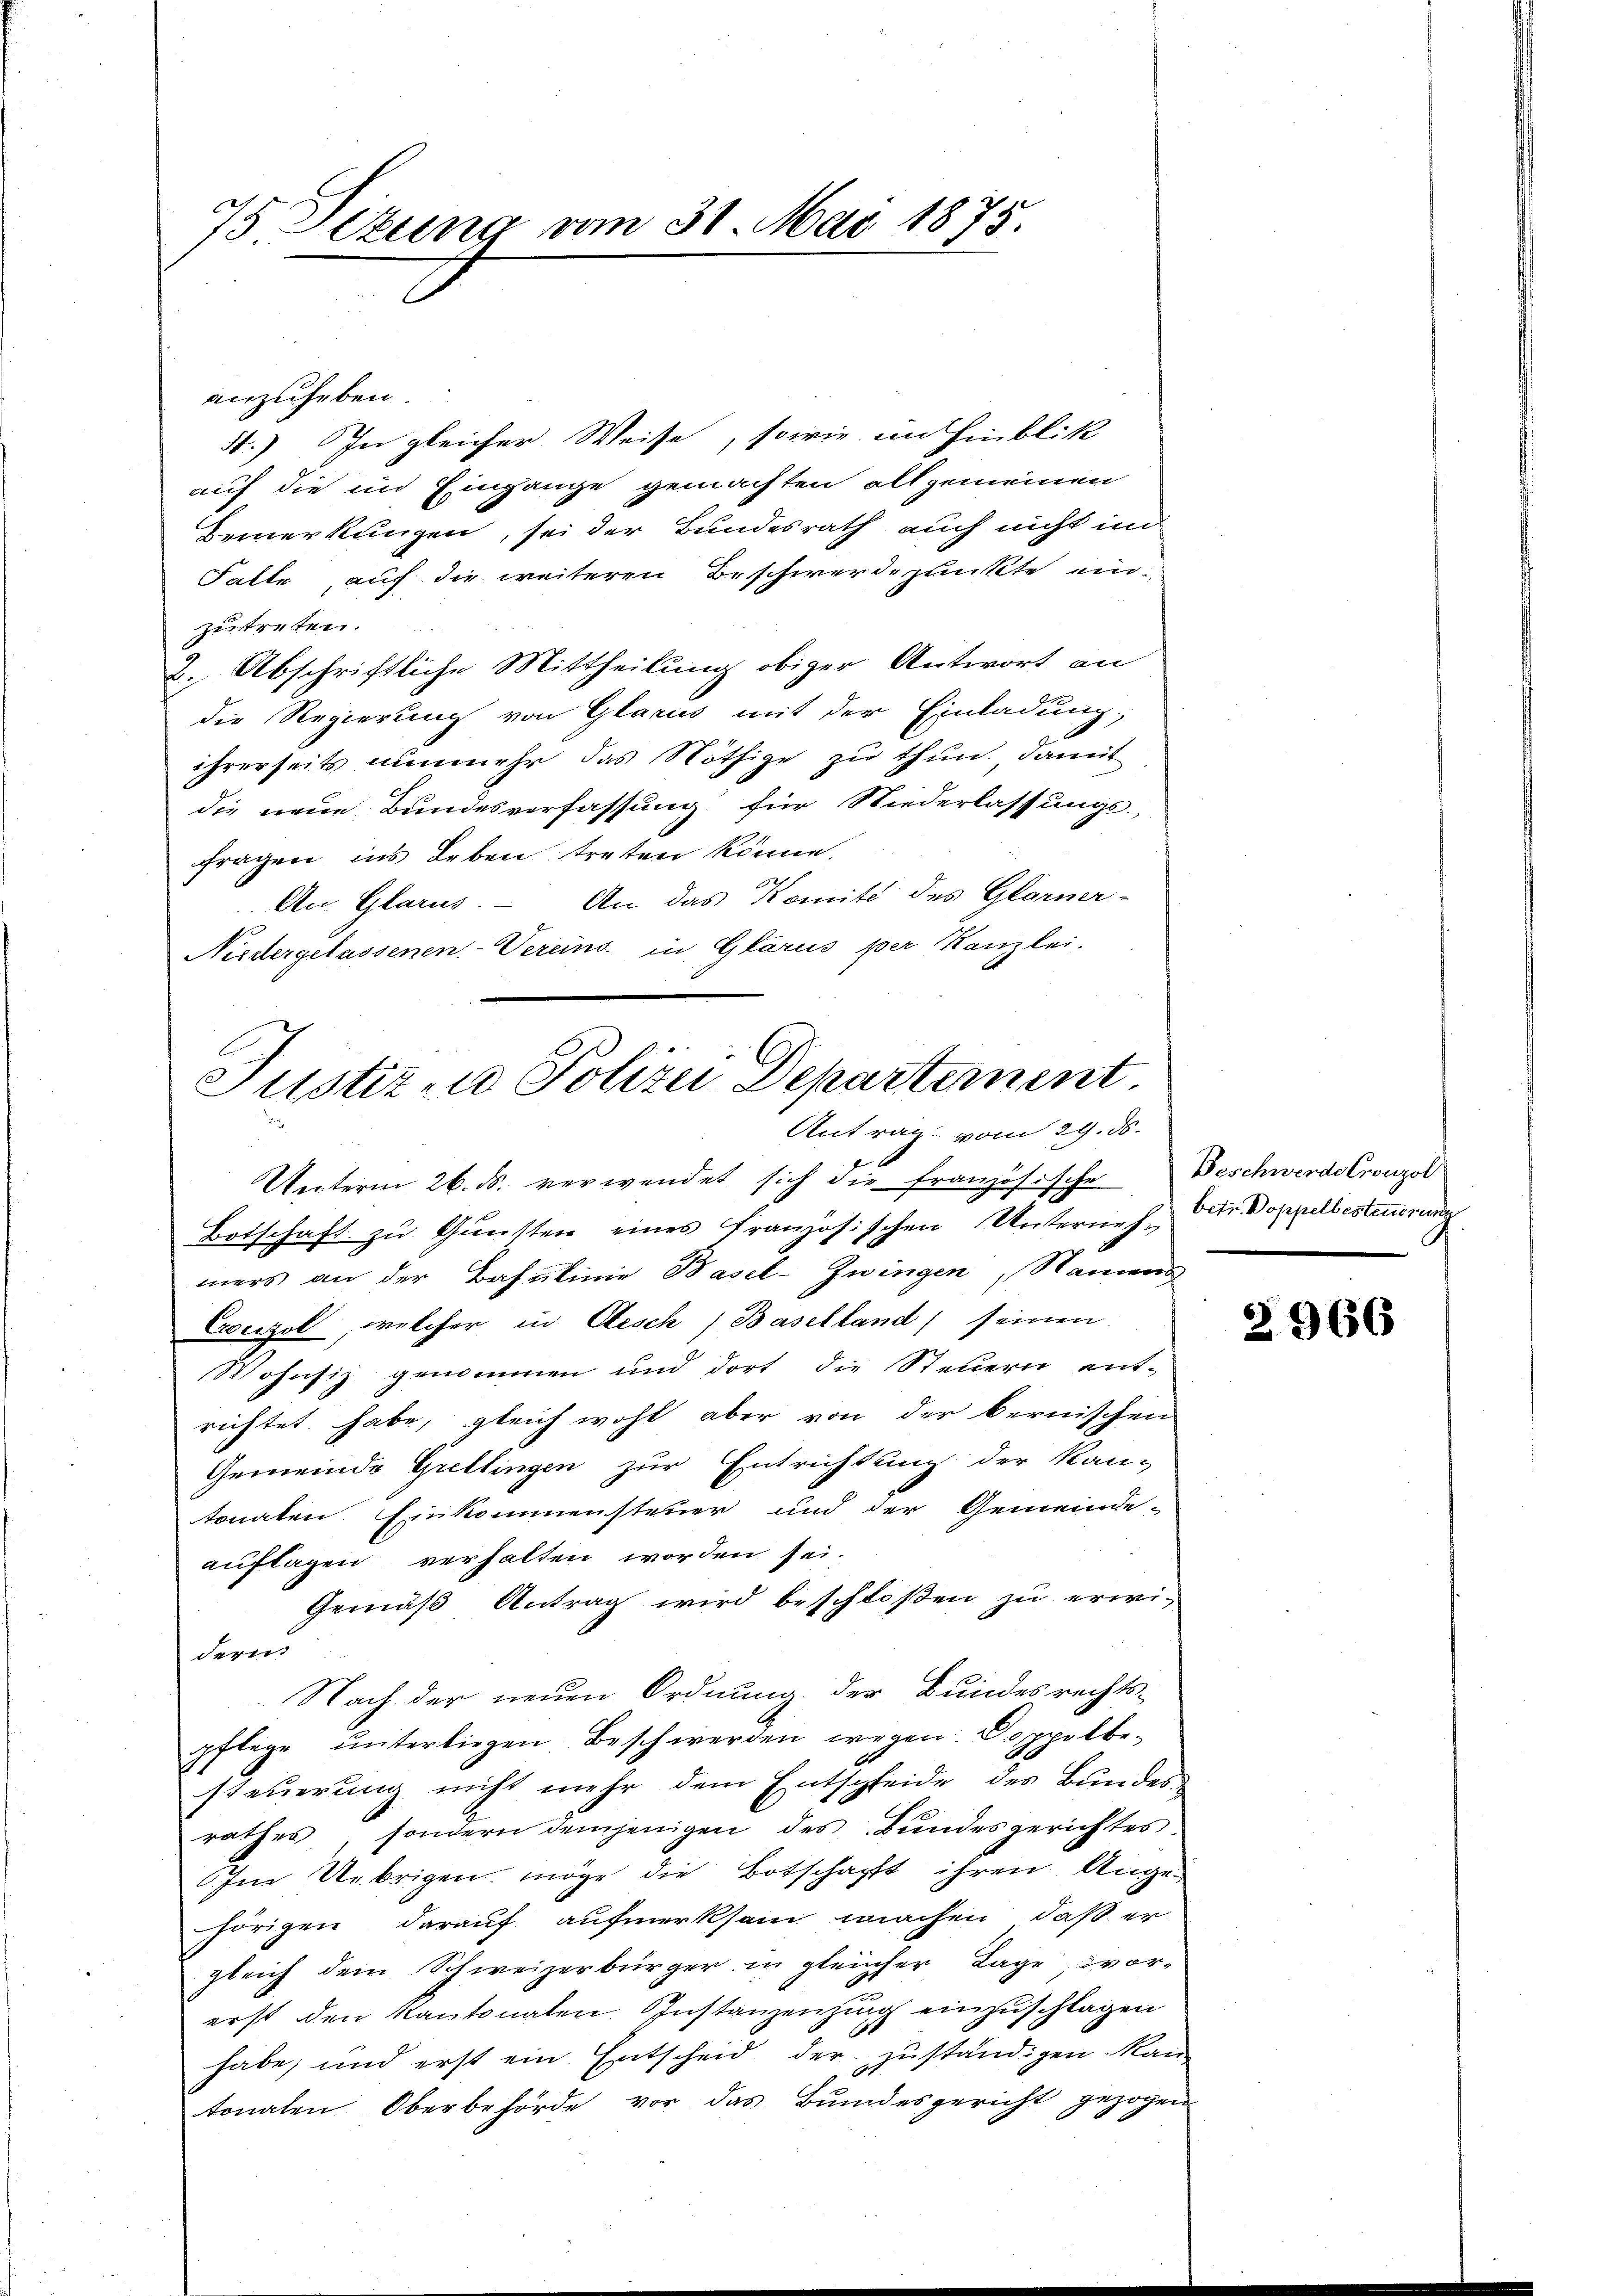
75 Setung vom 31. Mai 1875.

anzuheben.
4.) In gleicher Weise, sowie im Hinblik
auf die in Eingange gemachten allgemeinen
Bemerkungen, sei der Bundesrath auch nicht im
Falte, auf die weiteren Beschwerdepunkte einzutreten.
2. Abschriftliche Mittheilung obiger Antwort an
die Regierung von Glarus mit der Einladung,
ihrerseits nunmehr das Nöthige zu thun, damit
die neue Bundesverfassung für Niederlassungs-
fragen ins Leben treten könne.
An. Glarus. An das Komité des Glarner-
Niedergelassenen Vereins in Glarus per Kanzlei.

Justiz zu Polizei Departement.
Antrag vom 29. ds.

Unterm 26. ds. verwendet sich die französische Beschwerde Cronzol
Botschaft zŭ Gŭnsten eines Französischen Unterneh-Dr Doppelbesteuerung
mers an der Basulinie Basel-Zwingen, Nament
Exerzol, welcher in Aesch) Baselland) seinen
Wohnsiz genommen und dort die Steuern ent-
richtet habe, gleich wohl aber von der bernischen
Gemeinde Grellingen zur Entrichtung der Kan-
tonaten. Einkommensteuer und der Gemeinde-
auflagen verhalten worden sei.
Gemäß Antrag wird beschloßen zu erwideren
Nach der neuen Ordnung der Bundesrechts-
pflege unterliegen Beschwerden wegen Doppelbesteuerung nicht mehr dem Entscheide des Bundes
rathes sondern demjenigen des Bundesgerichtes
Im Uebrigen möge die Botschafft ihren Angehörigen darauf aufmerksam machen, daß er
gleich dem Schweizerbürger in gleicher Lage vor-
erst den Kantonalen Instanzenzung einzuschlagen
habe, und erst ein Entscheid der zuständigen kann
tonalen Oberbehörde vor das Bŭndesgericht gezogen

2966